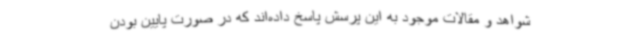
شواهد و مقالات موجود به این پرسش پاسخ داده‌اند که در صورت پایین بودن